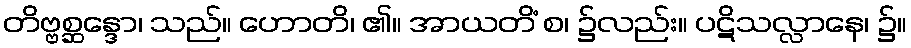
တိဗ္ဗစ္ဆန္ဒော၊ သည်။ ဟောတိ၊ ၏။ အာယတိံ စ၊ ၌လည်း။ ပဋိသလ္လာနေ၊ ၌။